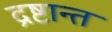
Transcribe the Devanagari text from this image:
द्रष्टान्त